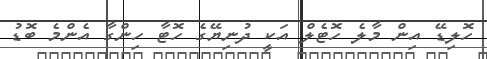
ހޮލިޑޭ އިން މާލެ ހޮޓެލް އަކީ ދުނިޔޭގެ ހޮޓާ ހިންގާ އެންމެ ބޮޑު